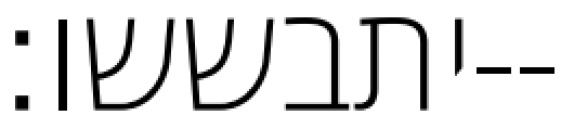
יתבששו׃--